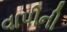
વાપીની